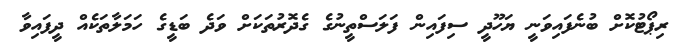
ރިޕޯޓުކޮށް ބުނެފައިވަނީ ޔަހޫދީ ސިފައިން ފަލަސްތީނުގެ ގެދޮރުތަކަށް ވަދެ ބަޑީގެ ހަމަލާތަކެއް ދީފައިވާ